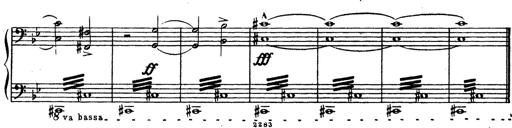
Title: Trauervorspiel und Trauermarsch
Composer: Franz Liszt